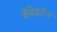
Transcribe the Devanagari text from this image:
ब्रॅबेझॉन